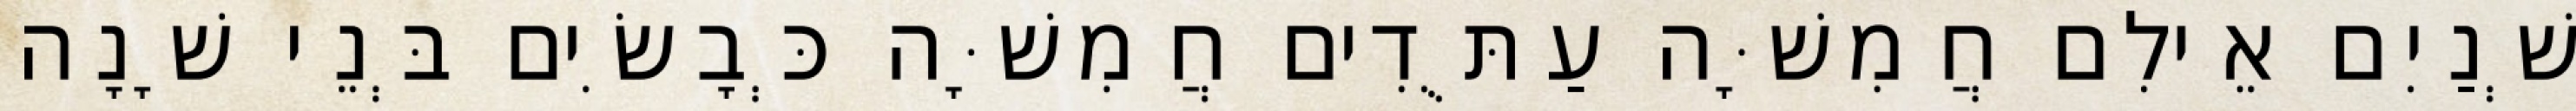
שְׁנַיִם אֵילִם חֲמִשָּׁה עַתֻּדִים חֲמִשָּׁה כְּבָשִׂים בְּנֵי שָׁנָה